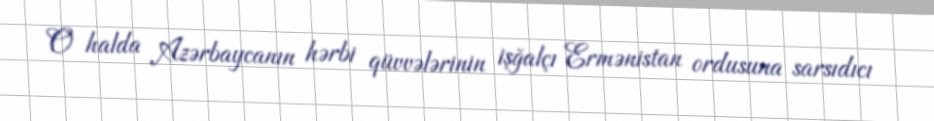
O halda Azərbaycanın hərbi qüvvələrinin işğalçı Ermənistan ordusuna sarsıdıcı